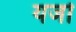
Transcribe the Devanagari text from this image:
यजो